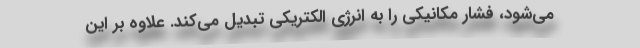
می‌شود، فشار مکانیکی را به انرژی الکتریکی تبدیل می‌کند. علاوه بر این